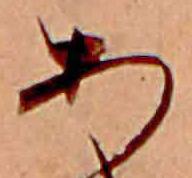
あ